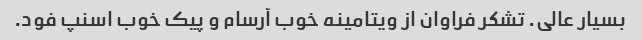
بسیار عالی. تشکر فراوان از ویتامینه خوب آرسام و پیک خوب اسنپ فود.